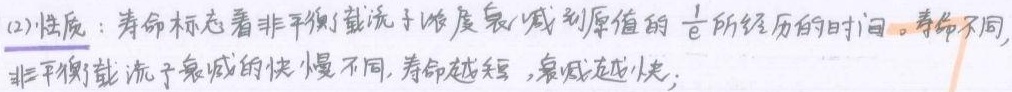
(2)性质：寿命标志着非平衡载流子浓度衰减到原值的$\frac{1}{e}$所经历的时间。寿命不同，非平衡载流子衰减的快慢不同，寿命越短，衰减越快；